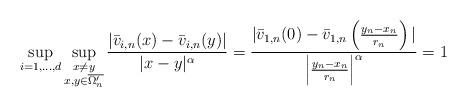
LaTeX: \begin{align*}\sup_{i=1,\dots,d} \sup_{\substack{x \neq y \\ x,y \in \overline{\Omega_n'}}} \frac{ |\bar v_{i,n}(x)-\bar v_{i,n}(y)|}{|x-y|^{\alpha}} = \frac{ |\bar v_{1,n}(0)-\bar v_{1,n}\left(\frac{y_n-x_n}{r_n}\right)|}{\left|\frac{y_n-x_n}{r_n}\right|^{\alpha}} = 1\end{align*}